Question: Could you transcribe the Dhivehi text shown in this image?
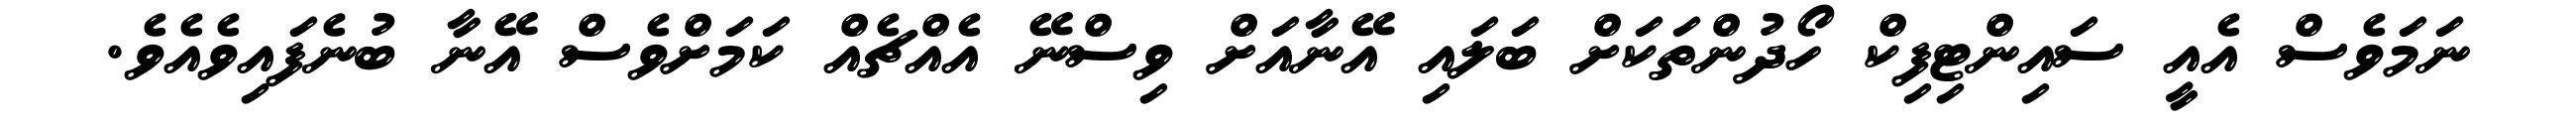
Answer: ނަމަވެސް އެއީ ސައިންޓިފިކް ހޯދުންތަކަށް ބަލައި އޭނާއަށް ވިސްނޭ އެއްޗެއް ކަމަށްވެސް އޭނާ ބުނެފައިވެއެވެ.